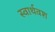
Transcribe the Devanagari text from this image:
स्वार्थवश